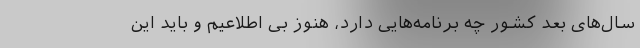
سال‌های بعد کشور چه برنامه‌هایی دارد، هنوز بی اطلاعیم و باید این